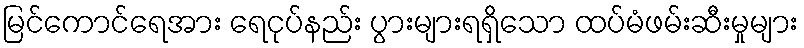
မြင်ကောင်ရေအား ရေငုပ်နည်း ပွားများရရှိသော ထပ်မံဖမ်းဆီးမှုများ